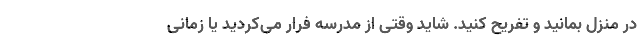
در منزل بمانید و تفریح کنید. شاید وقتی از مدرسه فرار می‌کردید یا زمانی